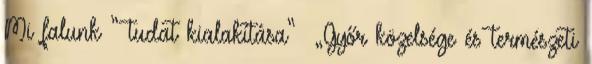
Mi falunk ” tudat kialakítása” ▪„Győr közelsége és természeti